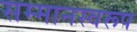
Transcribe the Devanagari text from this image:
सम्‍मानस्‍वरूप